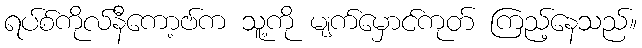
ရပ်စ်ကိုလ်နီကော့ဗ်က သူ့ကို မျက်မှောင်ကုတ် ကြည့်နေသည်။